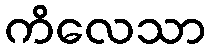
ကိလေသာ